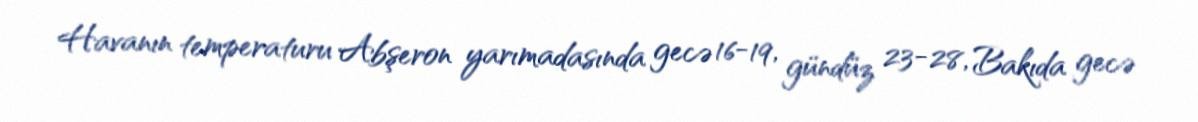
Havanın temperaturu Abşeron yarımadasında gecə 16-19, gündüz 23-28, Bakıda gecə